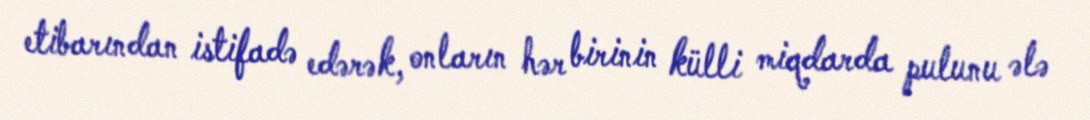
etibarından istifadə edərək, onların hər birinin külli miqdarda pulunu ələ